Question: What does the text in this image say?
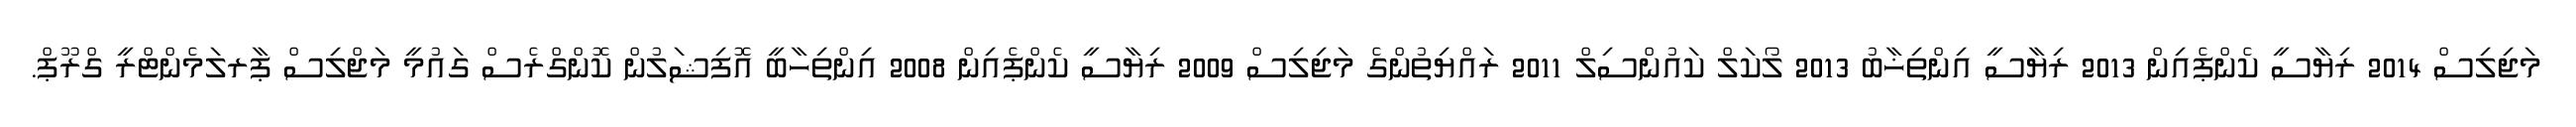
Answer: މަޖިލިސް 2014 ރިޔާސީ ކެންޕެއިން 2013 ރިޔާސީ އިންތިޚާބު 2013 ލޯކަލް ކައުންސިލް 2011 ރައްޔިތުންގެ މަޖިލިސް 2009 ރިޔާސީ ކެންޕެއިން 2008 އިންތިހާބީ އޮފިޝަލުން ކޮންގްރެސް ގައުމީ މަޖްލިސް ޕާރލަމެންޓްރީ ގްރޫޕް.